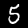
Label: 5